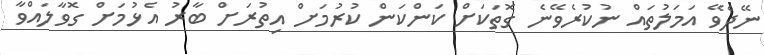
ނޭދެވޭ އަމަލުތައް ނުކުރެވޭނެ ގޮތަކަށް ކަންކަން ކުރުމަށް އިތުރަށް ބާރު އެޅުމަށް ގޮވާލައްވާ